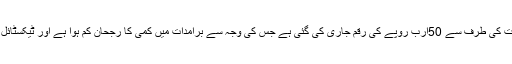
انہوں نے کہا کہ رواں مالی سال کے دوران ٹیکسٹائل سیکٹر کیلئے حکومت کی طرف سے 50ارب روپے کی رقم جاری کی گئی ہے جس کی وجہ سے برآمدات میں کمی کا رجحان کم ہوا ہے اور ٹیکسٹائل برآمدات رواں مالی سال گزشتہ مالی سال کی نسبت7.17فیصد بڑھی ہیں۔